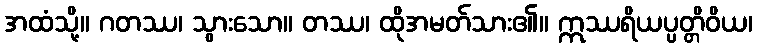
အထံသို့။ ဂတဿ၊ သွားသော။ တဿ၊ ထိုအမတ်သား၏။ ဣဿရိယပ္ပတ္တိဝိယ၊